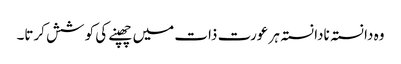
وہ دا نستہ نادا نستہ ہر عورت ذات میں چھپنے کی کو شش کرتا۔